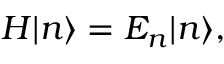
H | n \rangle = E _ { n } | n \rangle ,